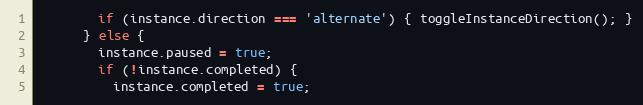
Language: JavaScript
        if (instance.direction === 'alternate') { toggleInstanceDirection(); }
      } else {
        instance.paused = true;
        if (!instance.completed) {
          instance.completed = true;